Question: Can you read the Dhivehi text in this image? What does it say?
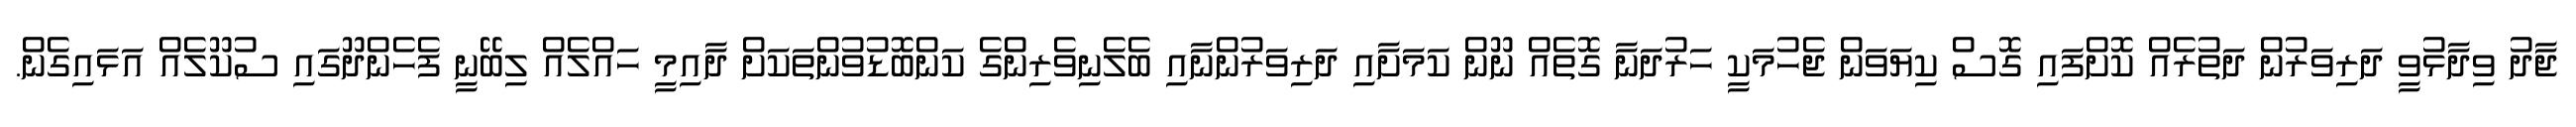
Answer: ޖާދު ވިދާޅުވީ ދަރިވަރުން ދަތުރެއް ކޮށްފައި ގޮސް ކިޔަވަން ޖެހުމަކީ ހަރުދަނާ ގޮތެއް ނޫން ކަމަށާއި ދަރިވަރުންނާއި ބެލެނިވެރިންގެ ކަންބޮޑުވުންތަކަށް ދާއިމީ ހައްލެއް ލިބޭނީ ފެހެންދޫގައި ސުކޫލެއް އަޅައިގެން.